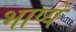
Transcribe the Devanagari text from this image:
भाष्यें